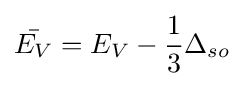
{\bar {E_{V}}}=E_{V}-{\frac {1}{3}}\Delta _{so}